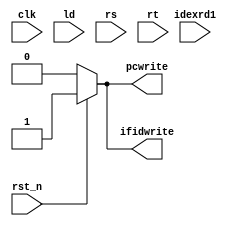
`timescale 1ns / 1ps

module interlock(
	input clk,
	input rst_n,
	input ld,
	input [4:0] idexrd1,
	input [4:0] rs,
	input [4:0] rt,
	output reg pcwrite,
	output reg ifidwrite
    );
always@(*)
begin
	if (~rst_n) begin
		pcwrite=0;
		ifidwrite=0;
	end
	else begin
		if (ld&&(idexrd1==rs||idexrd1==rt)) begin //load
			pcwrite=1;
			ifidwrite=1;
		end
		else begin
			pcwrite=1;
			ifidwrite=1;
		end
	end
end
endmodule